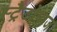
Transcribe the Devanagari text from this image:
स्ट्रैटोपाज